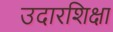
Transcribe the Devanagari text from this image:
उदारशिक्षा